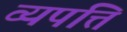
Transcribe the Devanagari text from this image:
व्यपत्ति